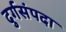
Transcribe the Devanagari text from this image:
दुर्गसंपदा